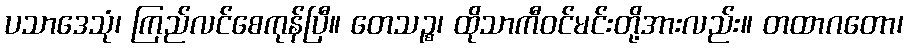
ပသာဒေသုံ၊ ကြည်လင်စေကုန်ပြီ။ တေသဉ္စ၊ ထိုသာကီဝင်မင်းတို့အားလည်း။ တထာဂတော၊